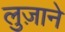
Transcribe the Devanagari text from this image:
लुज़ाने